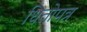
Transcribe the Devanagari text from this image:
धितोपत्र